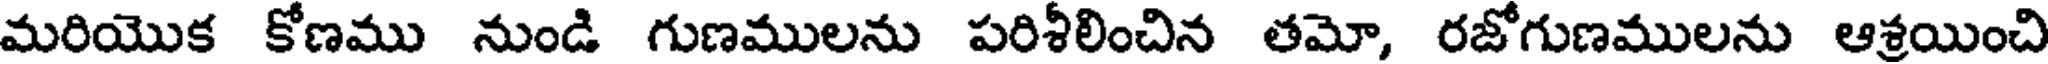
మరియొక కోణము నుండి గుణములను పరిశీలించిన తమో, రజోగుణములను ఆశ్రయించి